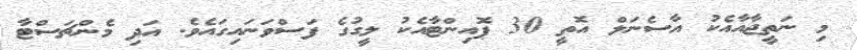
މި ނަތީޖާއާއެކު އާސެނަލް އޮތީ 30 ޕޮއިންޓާއެކު ލީގުގެ ފަސްވަނައިގައެވެ. އަދި މެންޗަސްޓާ